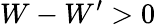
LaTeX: W-W^{\prime}>0